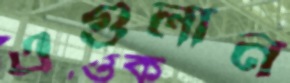
এগুলান